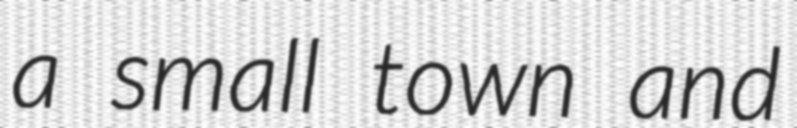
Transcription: a small town and